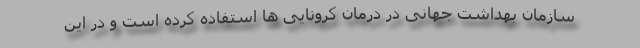
سازمان بهداشت جهانی در درمان کرونایی ها استفاده کرده است و در این